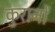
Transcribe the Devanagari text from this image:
कुरानों